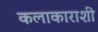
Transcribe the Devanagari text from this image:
कलाकाराशी